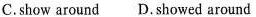
C.show around D.showed around